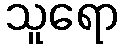
သူရော